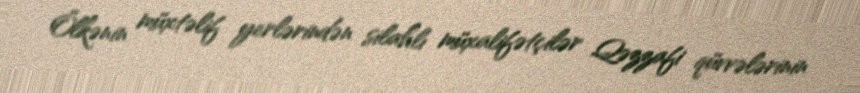
Ölkənin müxtəlif yerlərindən silahlı müxalifətçilər Qəzzafi qüvvələrinin